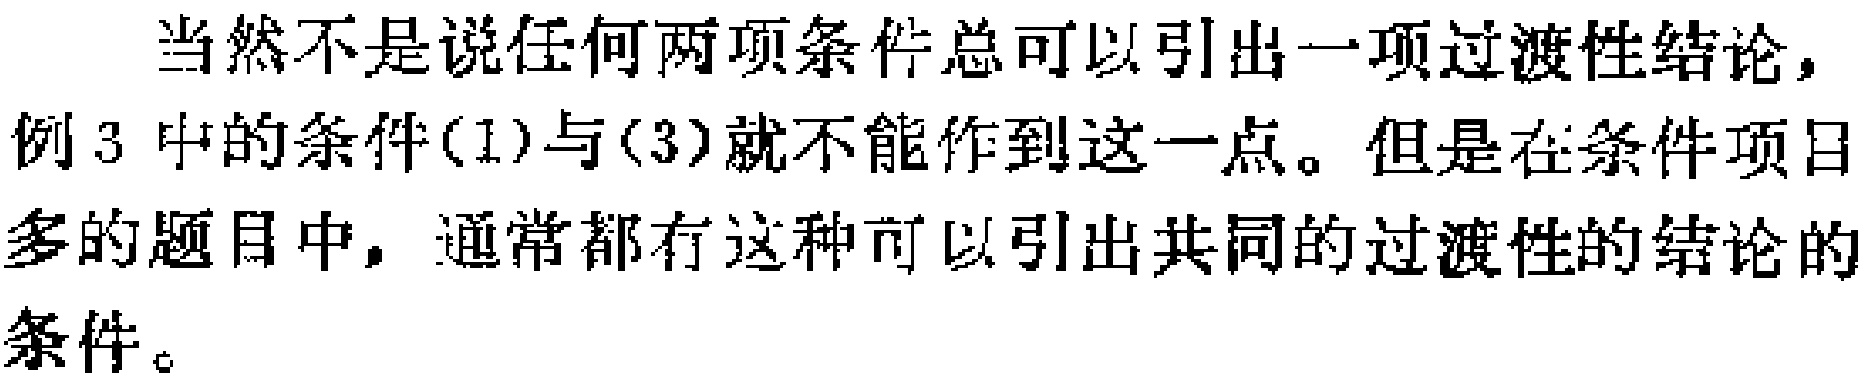
当然不是说任何两项条件总可以引出一项过渡性结论，例3中的条件(1)与(3)就不能作到这一点。但是在条件项目多的题目中，通常都有这种可以引出共同的过渡性的结论的条件。